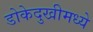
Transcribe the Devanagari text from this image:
डोकेदुखीमध्ये